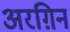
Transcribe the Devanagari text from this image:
अरग़िन